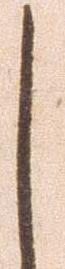
し